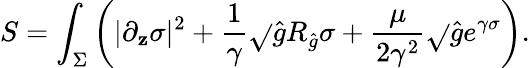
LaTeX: S=\int_{\Sigma}\left(|\partial_{\mathbf{z}}\sigma|^{2}+{\frac{{1}}{{\gamma}}}\sqrt{}{{\hat{{g}}}}R_{\hat{{g}}}\sigma+{\frac{{\mu}}{{2\gamma^{2}}}}\sqrt{}{{\hat{{g}}}}e^{\gamma\sigma}\right).